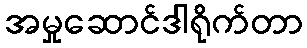
အမှုဆောင်ဒါရိုက်တာ